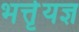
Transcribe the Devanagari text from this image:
भर्त्तृयज्ञ